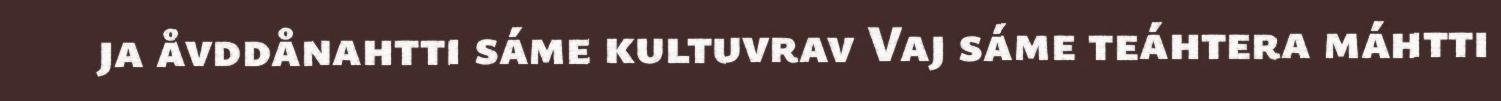
ja åvddånahtti sáme kultuvrav Vaj sáme teáhtera máhtti